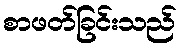
စာဖတ်ခြင်းသည်